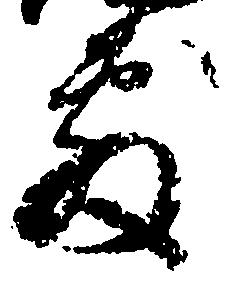
敷